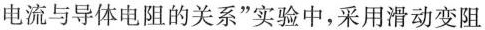
电流与导体电阻的关系”实验中，采用滑动变阻